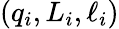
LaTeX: (q_{i},L_{i},\ell_{i})